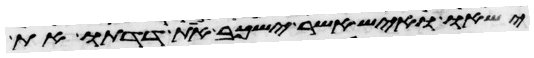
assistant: ישאו ואיש אשר ישכב את דדתו את